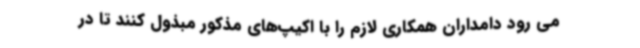
می رود دامداران همکاری لازم را با اکیپ‌های مذکور مبذول کنند تا در